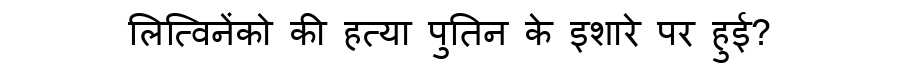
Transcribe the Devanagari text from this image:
लित्विनेंको की हत्या पुतिन के इशारे पर हुई?